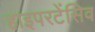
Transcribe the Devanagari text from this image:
हाइपरटेंसिव